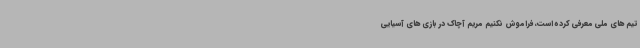
تیم های ملی معرفی کرده است، فراموش نکنیم مریم آچاک در بازی های آسیایی